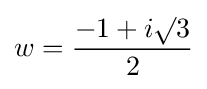
w={\frac {-1+i\surd 3}{2}}